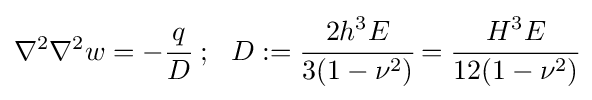
\nabla ^{2}\nabla ^{2}w=-{\cfrac {q}{D}}~;~~D:={\cfrac {2h^{3}E}{3(1-\nu ^{2})}}={\cfrac {H^{3}E}{12(1-\nu ^{2})}}